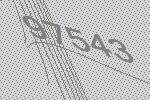
97543